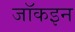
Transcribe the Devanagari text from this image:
जॉकइन